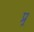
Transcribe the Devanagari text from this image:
प्र्र